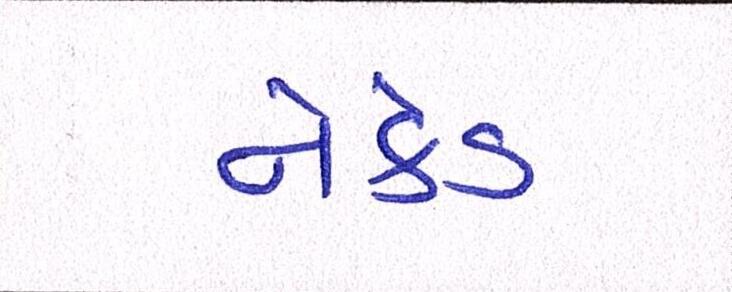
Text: નેકેડ